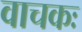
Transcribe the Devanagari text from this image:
वाचकः